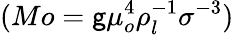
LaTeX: (Mo=\mathsf{g}\mu_{o}^{4}\rho_{l}^{-1}\sigma^{-3})